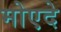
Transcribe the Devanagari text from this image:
मोएदे